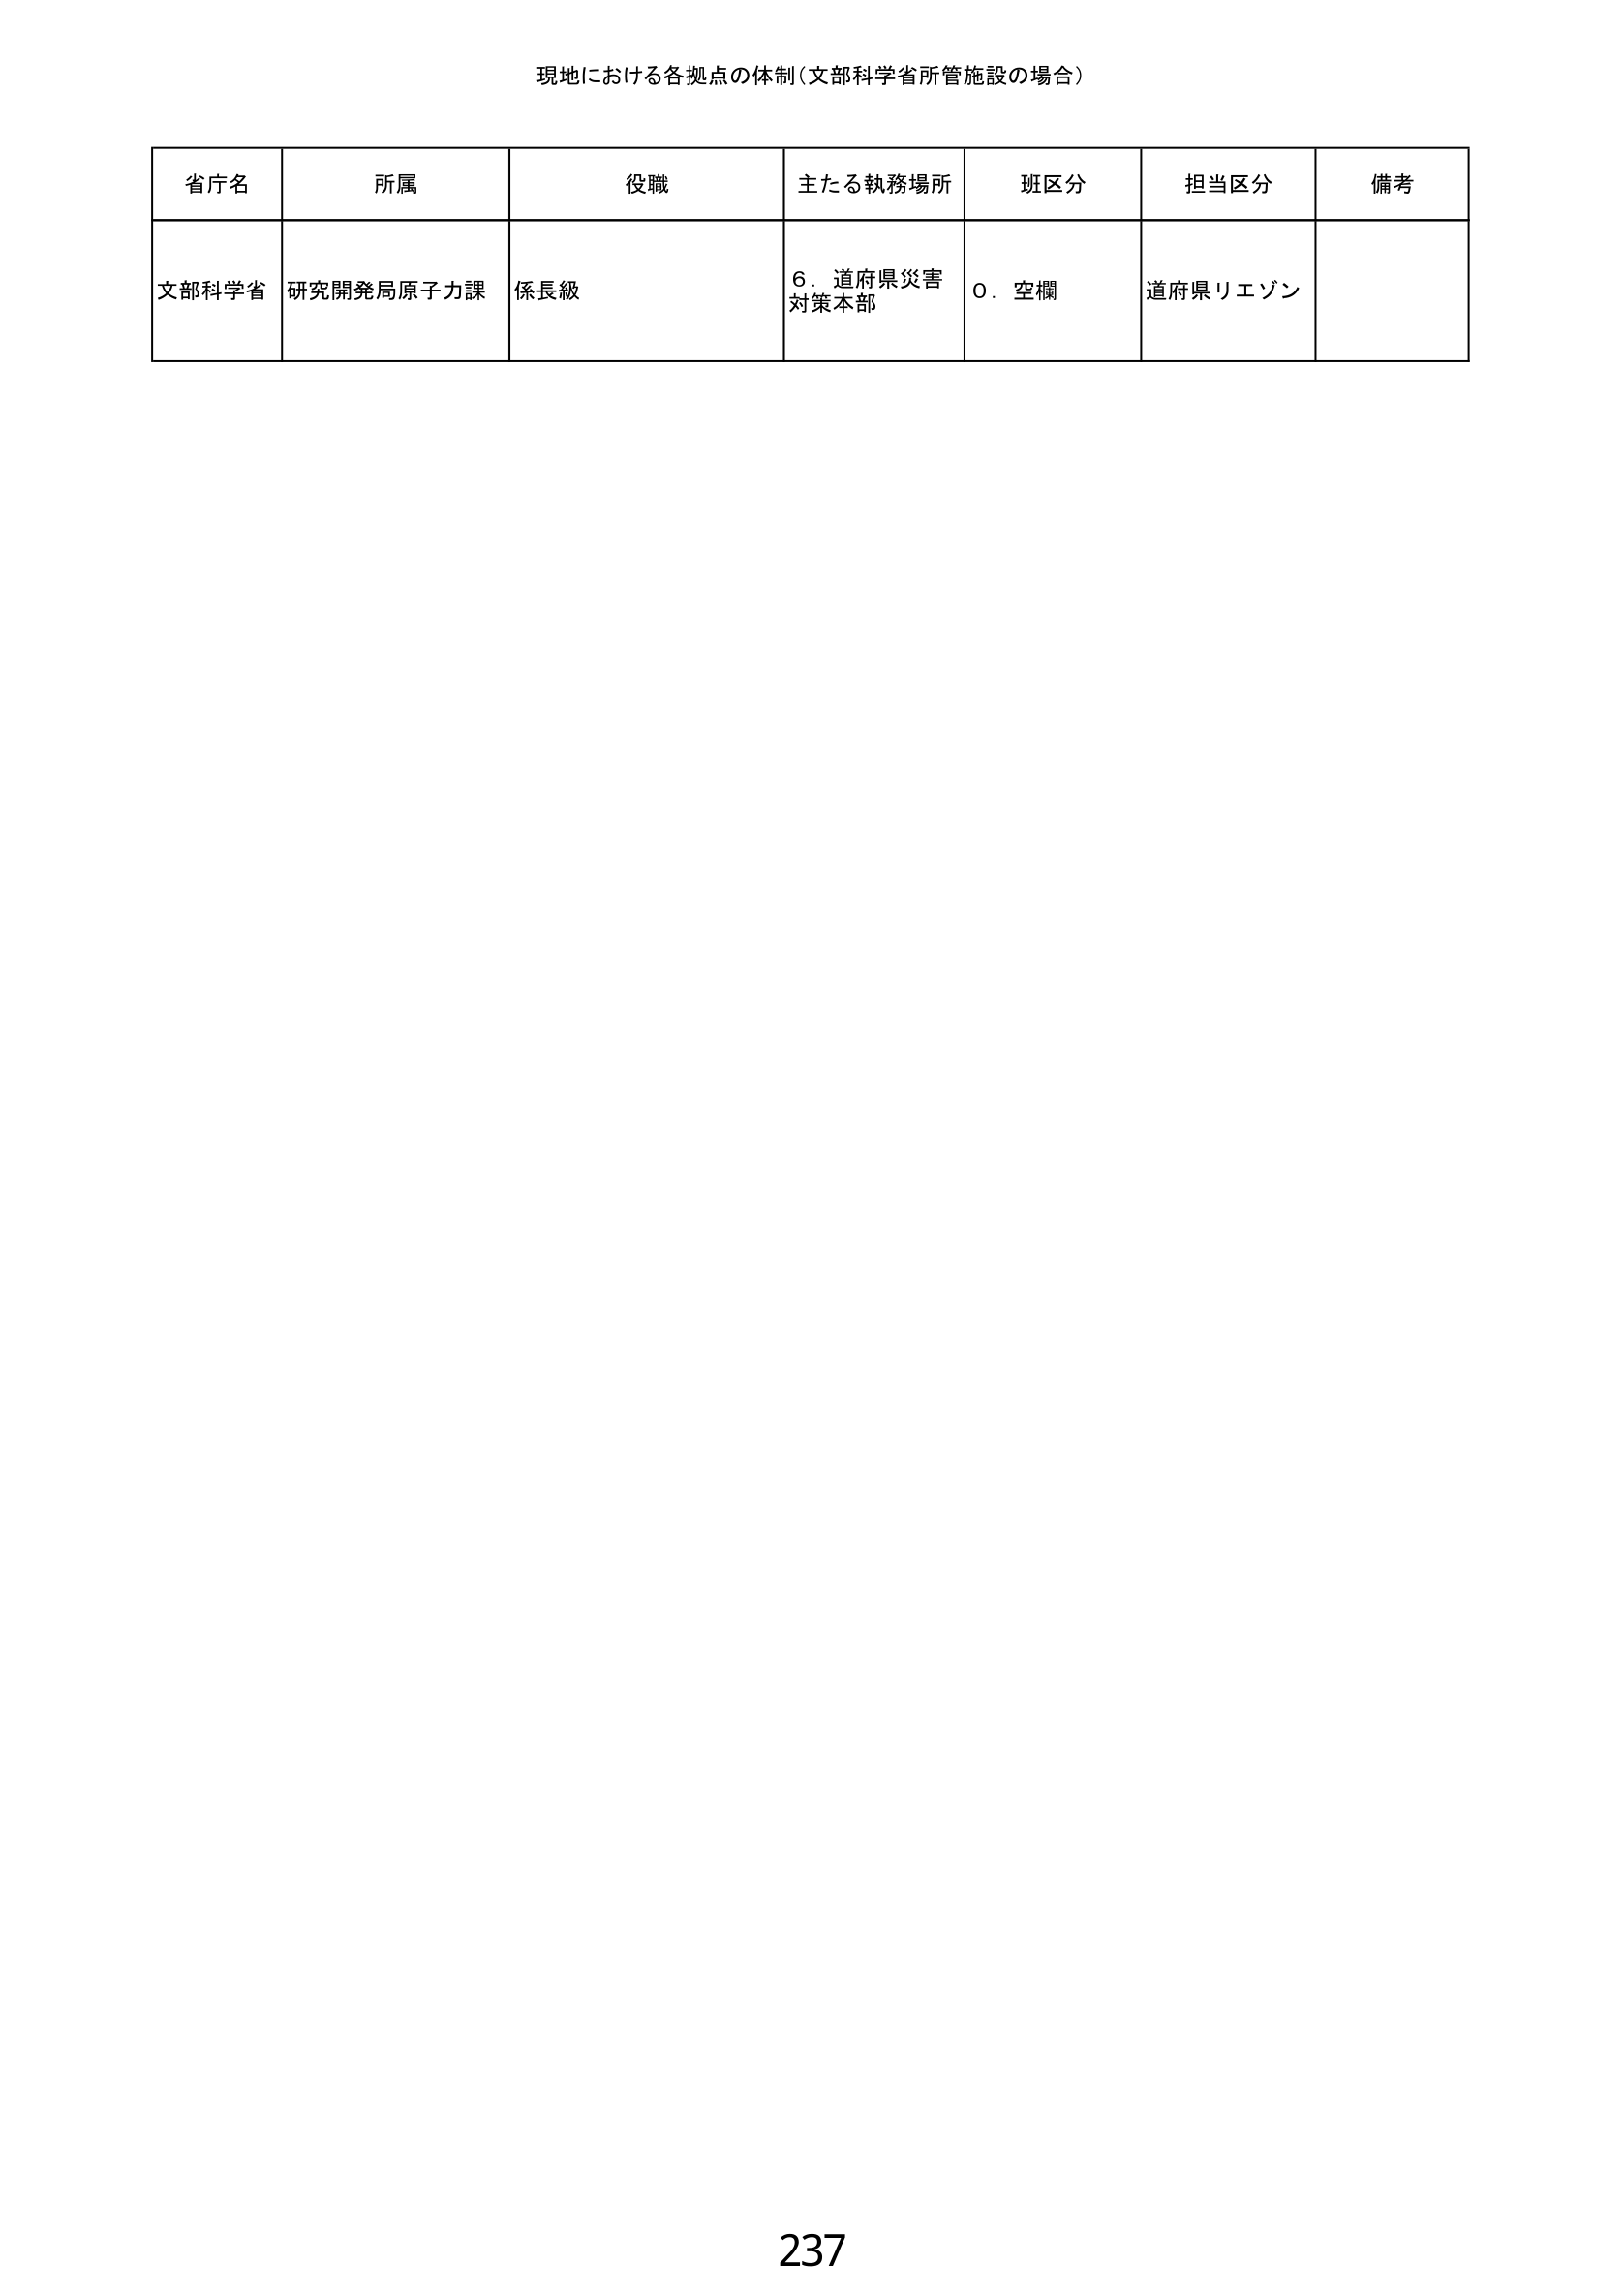
現地における各拠点の体制（文部科学省所管施設の場合）

省庁名　所属　役職　主たる執務場所　班区分　担当区分　備考
文部科学省　研究開発局原子力課　係長級　6．道府県災害対策本部　0．空欄　道府県リエゾン

237